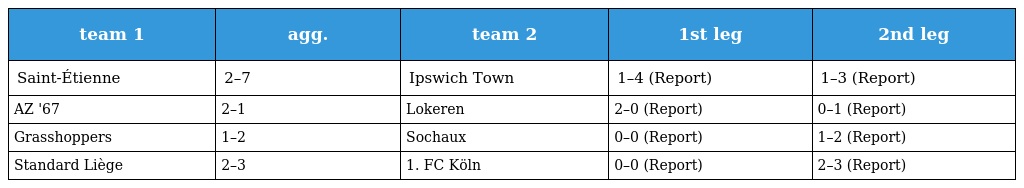
| team 1 | agg. | team 2 | 1st leg | 2nd leg |
 | --- | --- | --- | --- | --- |
 | Saint-Étienne | 2–7 | Ipswich Town | 1–4 (Report) | 1–3 (Report) |
 | AZ '67 | 2–1 | Lokeren | 2–0 (Report) | 0–1 (Report) |
 | Grasshoppers | 1–2 | Sochaux | 0–0 (Report) | 1–2 (Report) |
 | Standard Liège | 2–3 | 1. FC Köln | 0–0 (Report) | 2–3 (Report) |